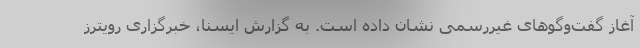
آغاز گفت‌وگوهای غیررسمی نشان داده است. به گزارش ایسنا، خبرگزاری رویترز